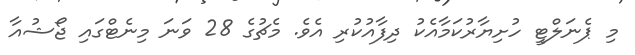
މި ޕެނަލްޓީ ހުށިޔާރުކަމާއެކު ދިފާއުކުރި އެވެ. މެޗުގެ 28 ވަނަ މިނެޓްގައި ޖޯޝުއާ